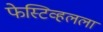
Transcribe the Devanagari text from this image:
फेस्टिव्हलला